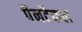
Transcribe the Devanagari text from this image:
पैनटैकल